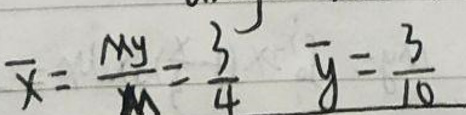
$\overline{x}=\frac{My}{M}=\frac{3}{4} \quad \overline{y}=\frac{3}{10}$